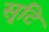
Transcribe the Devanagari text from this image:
सृ्टि